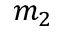
m _ { 2 }